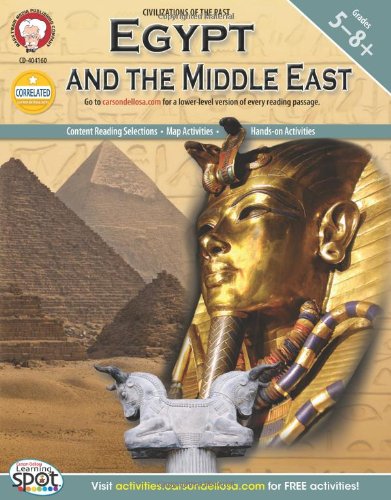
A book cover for Egypt and the Middle East, Grades 5 - 8 (World History); Patrick Hotle Ph.D.; Children's Books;